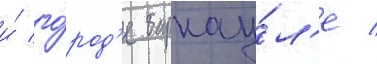
и́ го́род'е барнау́л'е /